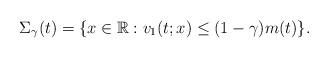
LaTeX: \begin{align*}\Sigma_\gamma(t)=\{x\in\mathbb{R}: v_1(t;x)\leq(1-\gamma)m(t)\}.\end{align*}